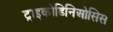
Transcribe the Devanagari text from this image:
ट्राइकोडिनिओसिस